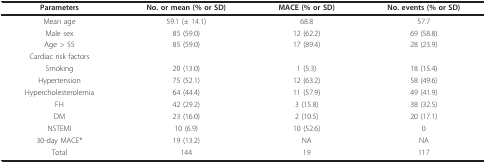
<table><thead><tr><td><b>Parameters</b></td><td><b>No. or mean (% or SD)</b></td><td><b>MACE (% or SD)</b></td><td><b>No. events (% or SD)</b></td></tr></thead><tbody><tr><td>Mean age</td><td>59.1 (± 14.1)</td><td>68.8</td><td>57.7</td></tr><tr><td>Male sex</td><td>85 (59.0)</td><td>12 (62.2)</td><td>69 (58.8)</td></tr><tr><td>Age &gt; 55</td><td>85 (59.0)</td><td>17 (89.4)</td><td>28 (23.9)</td></tr><tr><td>Cardiac risk factors</td><td></td><td></td><td></td></tr><tr><td>Smoking</td><td>20 (13.0)</td><td>1 (5.3)</td><td>18 (15.4)</td></tr><tr><td>Hypertension</td><td>75 (52.1)</td><td>12 (63.2)</td><td>58 (49.6)</td></tr><tr><td>Hypercholesterolemia</td><td>64 (44.4)</td><td>11 (57.9)</td><td>49 (41.9)</td></tr><tr><td>FH</td><td>42 (29.2)</td><td>3 (15.8)</td><td>38 (32.5)</td></tr><tr><td>DM</td><td>23 (16.0)</td><td>2 (10.5)</td><td>20 (17.1)</td></tr><tr><td>NSTEMI</td><td>10 (6.9)</td><td>10 (52.6)</td><td>0</td></tr><tr><td>30-day MACE*</td><td>19 (13.2)</td><td>NA</td><td>NA</td></tr><tr><td>Total</td><td>144</td><td>19</td><td>117</td></tr></tbody></table>